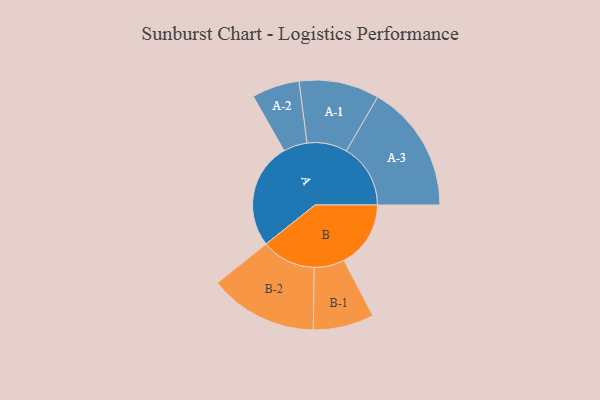
{"axis": {"x": "Segment", "y": "Value"}, "legend": ["", "A", "B"], "data": [{"x": "A", "y": 449, "type": ""}, {"x": "B", "y": 283, "type": ""}, {"x": "A-1", "y": 170, "type": "A"}, {"x": "A-2", "y": 101, "type": "A"}, {"x": "A-3", "y": 272, "type": "A"}, {"x": "B-1", "y": 129, "type": "B"}, {"x": "B-2", "y": 230, "type": "B"}]}